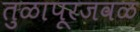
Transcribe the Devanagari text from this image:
तुळापूरजवळ